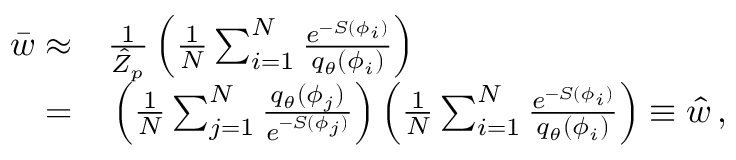
\begin{array} { r l } { \bar { w } \approx } & { { } \frac { 1 } { \hat { Z } _ { p } } \left( \frac { 1 } { N } \sum _ { i = 1 } ^ { N } \frac { e ^ { - S ( \phi _ { i } ) } } { { q } _ { \theta } ( \phi _ { i } ) } \right) } \\ { = } & { { } \left( \frac { 1 } { N } \sum _ { j = 1 } ^ { N } \frac { { q } _ { \theta } ( \phi _ { j } ) } { e ^ { - S ( \phi _ { j } ) } } \right) \left( \frac { 1 } { N } \sum _ { i = 1 } ^ { N } \frac { e ^ { - S ( \phi _ { i } ) } } { { q } _ { \theta } ( \phi _ { i } ) } \right) \equiv \hat { w } \, , } \end{array}